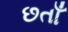
છતાઁ